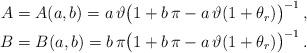
LaTeX: \begin{align*} \begin{aligned} A=A(a,b)= a\, \vartheta \big (1 +b\, \pi -a\,\vartheta (1 + \theta_r) \big)^{-1}\,, \\ B=B(a,b)= b\, \pi \big (1+b\, \pi -a\,\vartheta (1+ \theta_r) \big)^{-1}\,. \end{aligned} \end{align*}